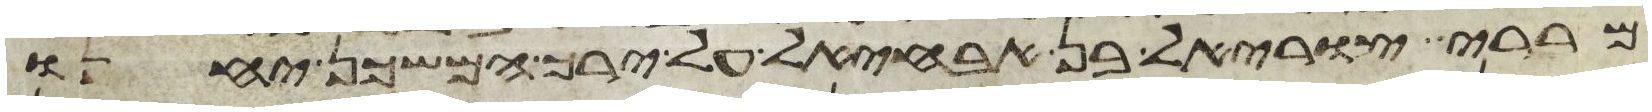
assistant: מררי צוראל בן אבחהל על ירך המשכן יחנו